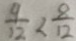
\frac { 9 } { 1 2 } < \frac { 8 } { 1 2 }